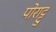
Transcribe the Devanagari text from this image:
पोराट्टु